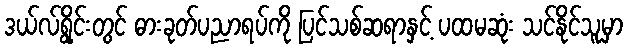
ဒယ်လ်ရွိုင်းတွင် ဓားခုတ်ပညာရပ်ကို ပြင်သစ်ဆရာနှင့် ပထမဆုံး သင်နိုင်သူမှာ